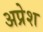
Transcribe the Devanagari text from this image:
अप्रेश